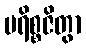
ပရိစ္စဇိတွာ